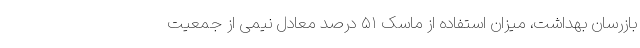
بازرسان بهداشت، میزان استفاده از ماسک ۵۱ درصد معادل نیمی از جمعیت